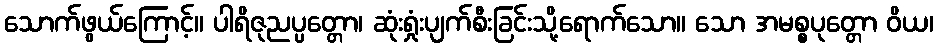
သောက်ဖွယ်ကြောင့်။ ပါရိဇုညပ္ပတ္တော၊ ဆုံးရှုံးပျက်စီးခြင်းသို့ရောက်သော။ သော အမစ္စပုတ္တော ဝိယ၊